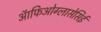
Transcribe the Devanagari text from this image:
ऑफिओग्लासेसिई